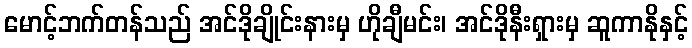
မောင့်ဘက်တန်သည် အင်ဒိုချိုင်းနားမှ ဟိုချီမင်း၊ အင်ဒိုနီးရှားမှ ဆူကာနိုနှင့်